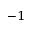
^ { - 1 }